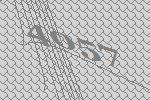
4057